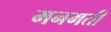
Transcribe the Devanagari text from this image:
मनमती